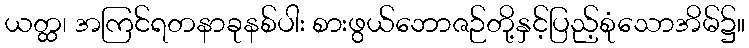
ယတ္ထ၊ အကြင်ရတနာခုနစ်ပါး စားဖွယ်ဘောဇဉ်တို့နှင့်ပြည့်စုံသောအိမ်၌။